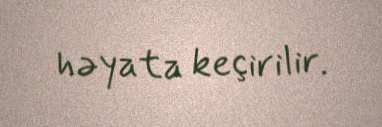
həyata keçirilir.